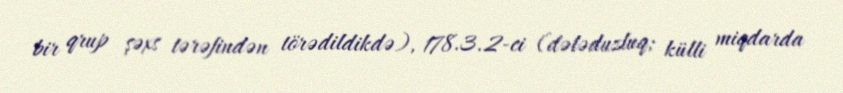
bir qrup şəxs tərəfindən törədildikdə), 178.3.2-ci (dələduzluq; külli miqdarda